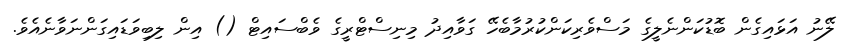
ލޭނު އަޅައިގެން ބޮޑުކަންނެލީގެ މަސްވެރިކަންކުރުމާބެހޭ ގަވާއިދު މިނިސްޓްރީގެ ވެބްސައިޓް () އިން ލިބިވަޑައިގަންނަވާނެއެވެ.